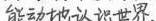
##能动地认识世界。##